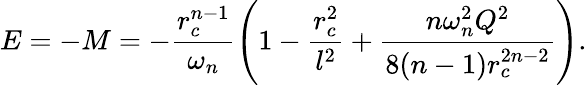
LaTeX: E=-M=-\frac{r_{c}^{n-1}}{\omega_{n}}\left(1-\frac{r_{c}^{2}}{l^{2}}+\frac{n\omega_{n}^{2}Q^{2}}{8(n-1)r_{c}^{2n-2}}\right).